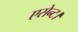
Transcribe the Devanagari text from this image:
एसेन्ट।